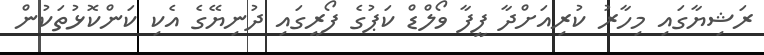
ރަޝިޔާގައި މިހާރު ކުރިއަށްދާ ފީފާ ވޯލްޑް ކަޕުގެ ފޯރީގައި ދުނިޔޭގެ އެކި ކަންކޮޅުތަކުން